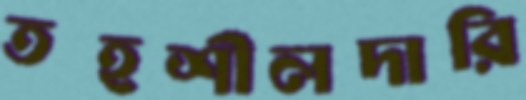
তহশীলদারি